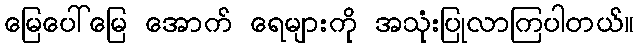
မြေပေါ်မြေ အောက် ရေများကို အသုံးပြုလာကြပါတယ်။